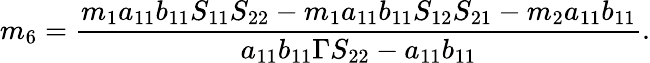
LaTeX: m_{6}=\frac{m_{1}a_{11}b_{11}S_{11}S_{22}-m_{1}a_{11}b_{11}S_{12}S_{21}-m_{2}a_{11}b_{11}}{a_{11}b_{11}\Gamma S_{22}-a_{11}b_{11}}.